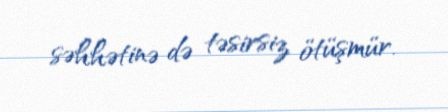
səhhətinə də təsirsiz ötüşmür.